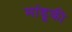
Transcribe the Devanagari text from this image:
मांडूकी